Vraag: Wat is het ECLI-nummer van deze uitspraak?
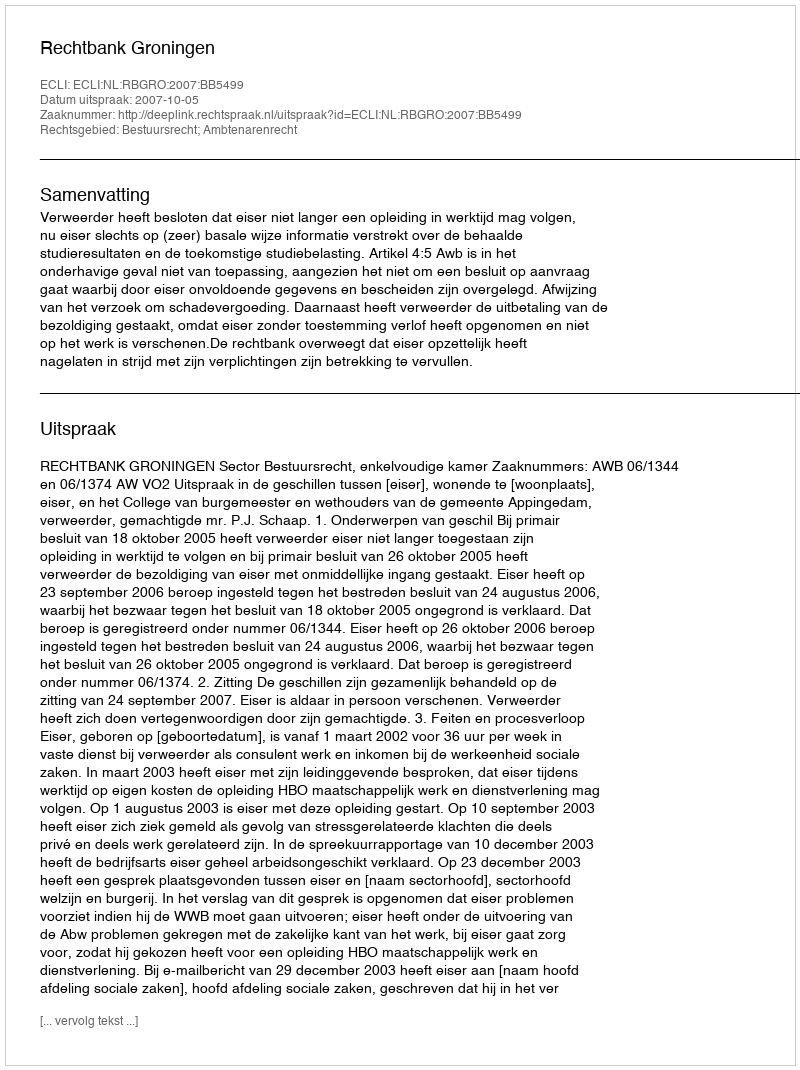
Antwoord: ECLI:NL:RBGRO:2007:BB5499